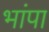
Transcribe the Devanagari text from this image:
भांपा